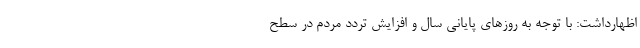
اظهارداشت: با توجه به روزهای پایانی سال و افزایش تردد مردم در سطح